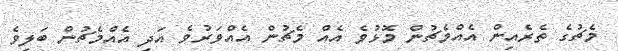
މެޗުގެ ތެރެއިން އެއްމެޗުން މޮޅުވެ އެއް މެޗުން އެއްވަރުވެ އަދި އެއްމެޗުން ބަލިވެ